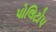
પોલિટોપ